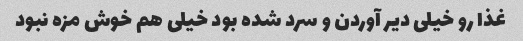
غذا رو خیلی دیر آوردن و سرد شده بود خیلی هم خوش مزه نبود